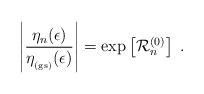
LaTeX: \begin{align*}\left| \frac{\eta_{n}(\epsilon) }{ \eta_{_{\rm (gs)}}(\epsilon) } \right|=\exp \left[ {\mathcal R}_{n}^{(0)}\right]\; .\end{align*}